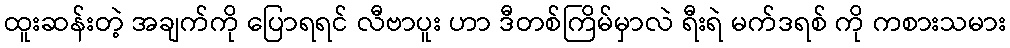
ထူးဆန်းတဲ့ အချက်ကို ပြောရရင် လီဗာပူး ဟာ ဒီတစ်ကြိမ်မှာလဲ ရီးရဲ မက်ဒရစ် ကို ကစားသမား